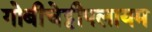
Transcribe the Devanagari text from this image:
गोबीचेट्टीपलायम